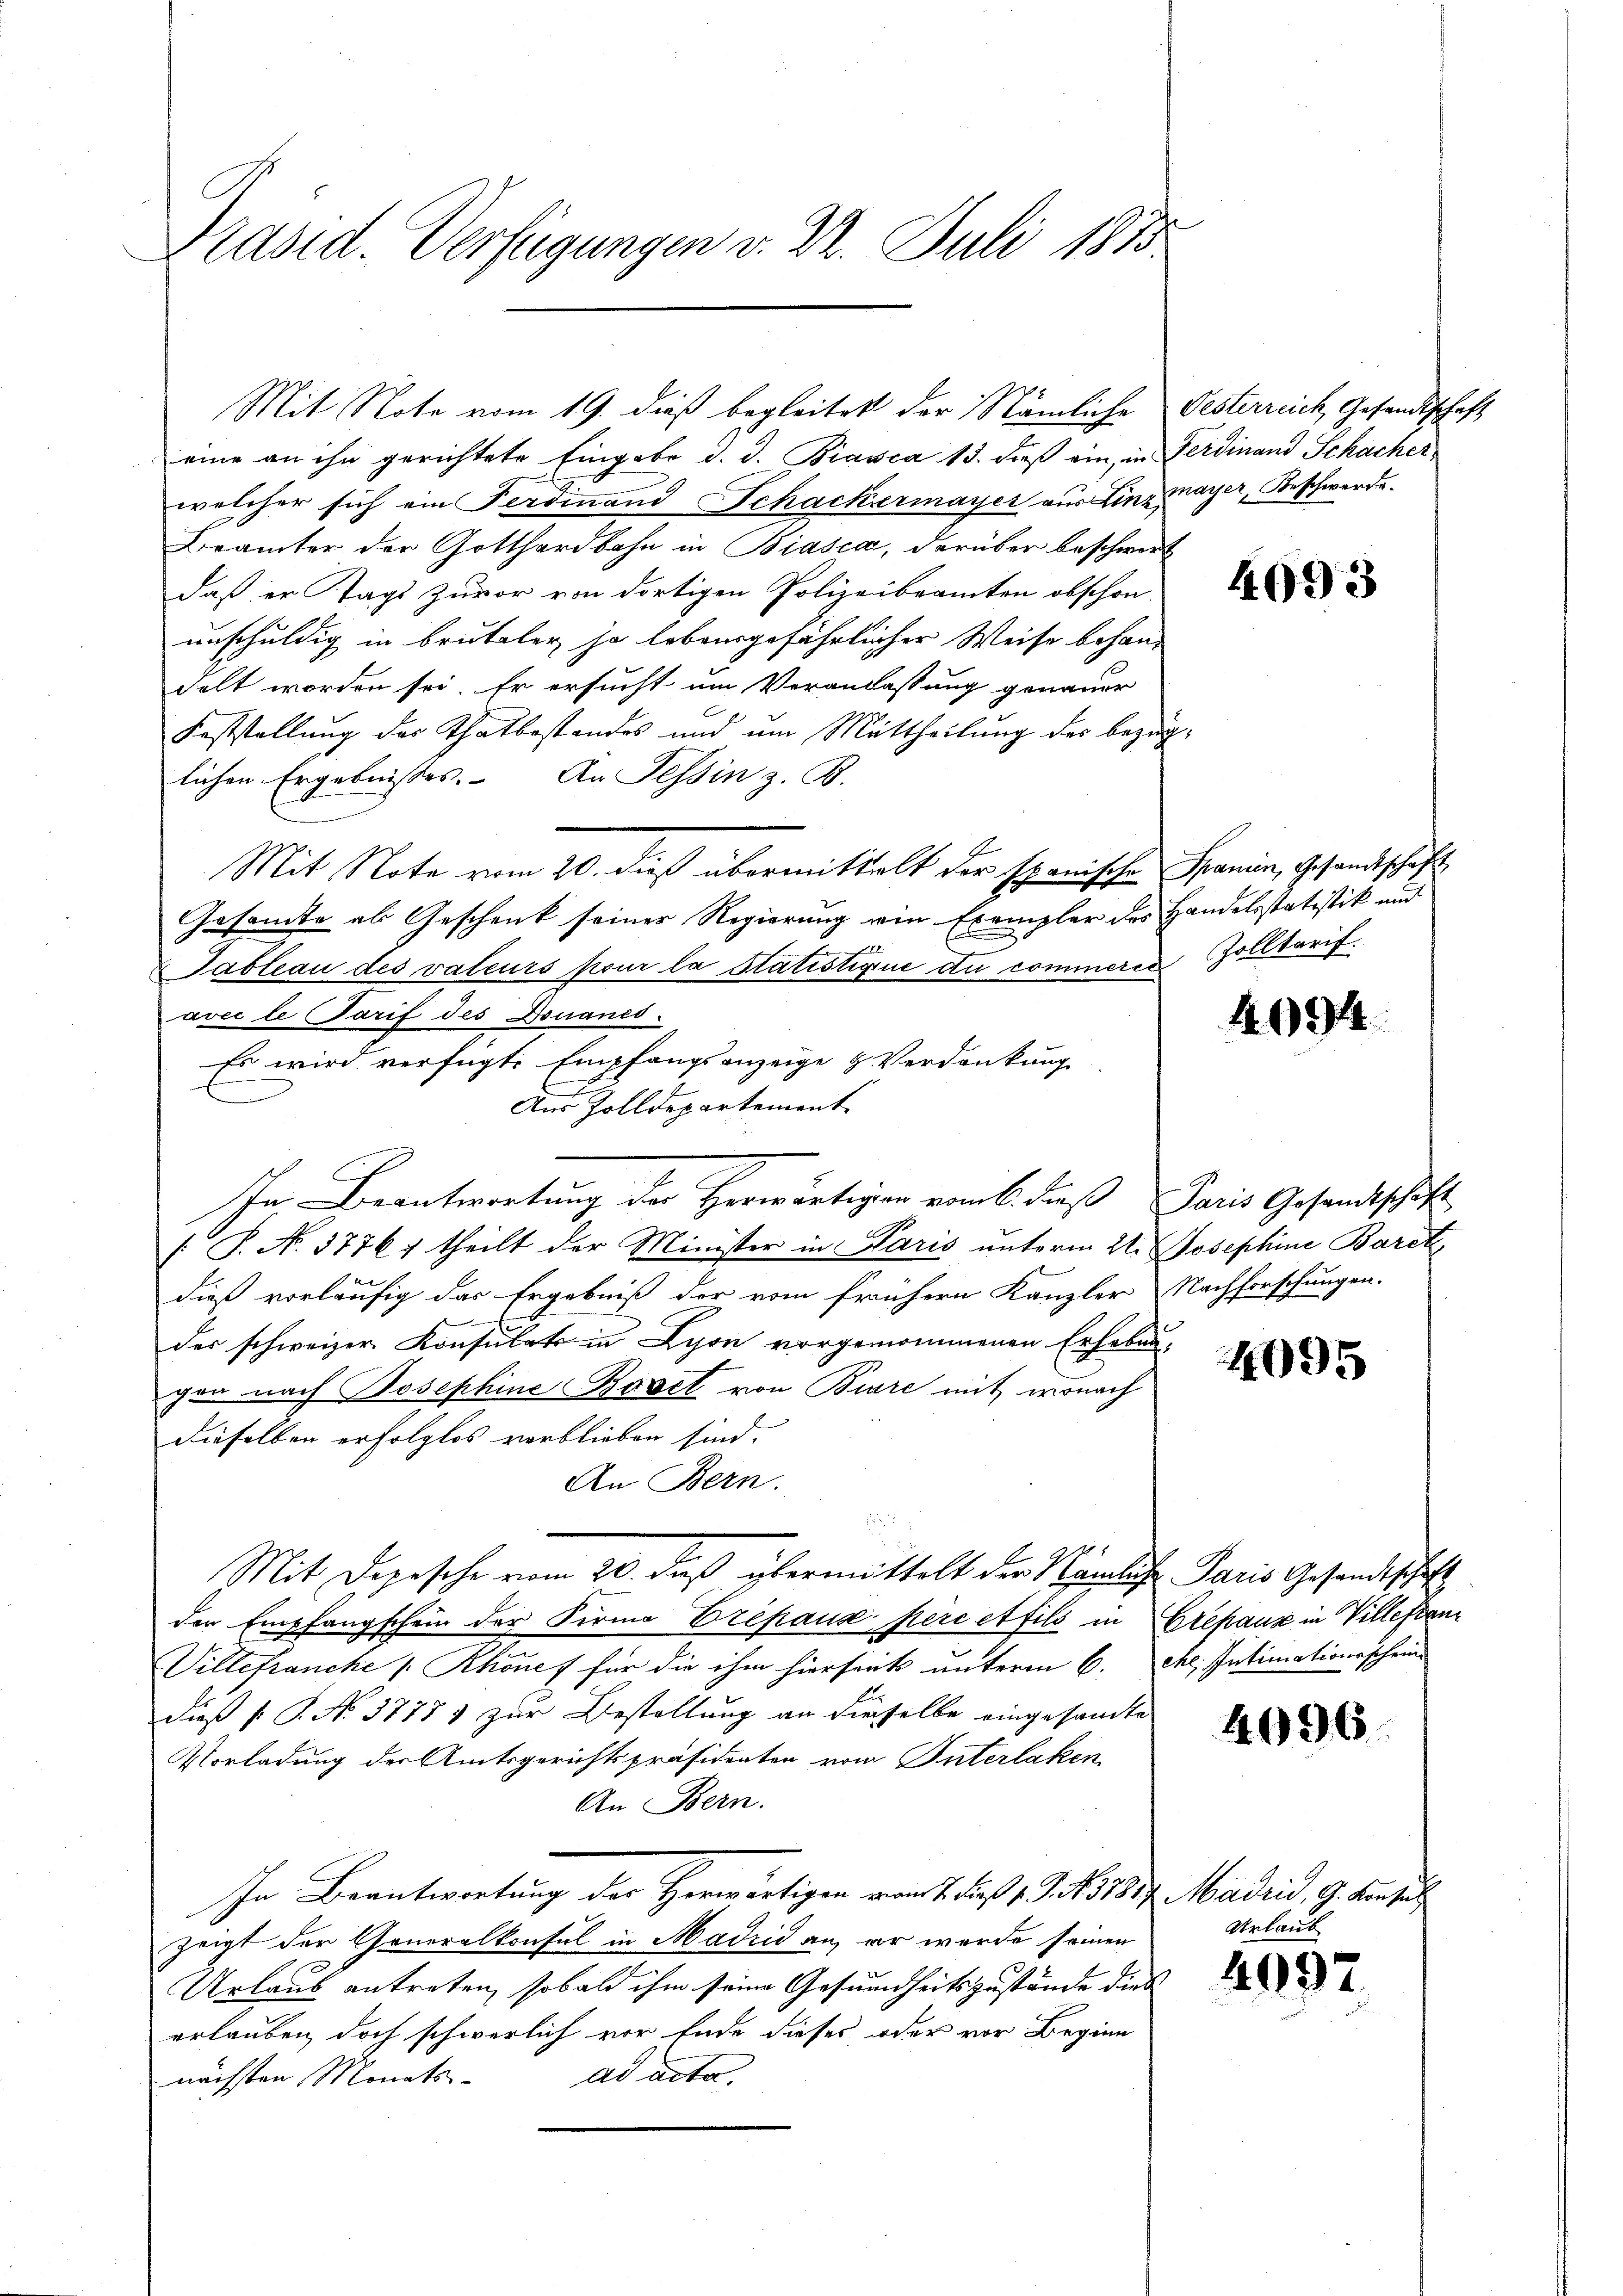
Präsid. Verfügungen v. 2. Juli 1813.

Mit Note vom 19. dieß begleitet der Nämliche Oesterreich Gesandtschaft
eine an ihn gerichtete Eingabe d. d. Biasca 13. dieß ein, in Ferdinand Schächer,
welcher sich ein Ferdinand Schackermayer aus Lingmayer, Beschwerde.
Brämter der Gotthardbahn in Biasca, darüber beschwert
daß er Tags zuvor von dortigen Polizeibeamten obschon.
unschuldig in brutaler ja lebensgefährlicher Weise behan-
selt worden sei. Er ersucht um Veranlassung genauer
Feststellung des Thatbestandes und um Mittheilung des bezüglichen Ergebnisses. An Tessin z. B.
Mit Note vom 20. dieß übermittelt der spanische Spanien, Gesandtschaft
Gesamte als Geschenk seiner Regierung ein Exemplar des Handelsstatistik und
Tableau des valeurs pour la Statistigene du commeren Zolltarif
avec le Tarif des Douanes.
Es wird verfügte Empfangsanzeige & Verdankung
Aus Zolldepartement
In Beantwortung der Herwärtigen vom 6. dieß Paris Gesandtschaft
[ P. N. 37767 theilt der Minister in Paris unterm 21. Josephine Barck
dieß vorläufig das Ergebniß der vom frühern Kanzler Nachforschungen.
der schweizer Konsulats in Lyon vorgenommenen Erhebun-
gen nach Josephine Bovet von Biare mit, wonach
dieselben erfolglos verblieben sind.
An Bern.
Mit Depesche vom 20. daß übermittelt der Nämliche Paris Gesandtschaft
der Empfangschein der Firma Erepanz pere et fils in repause in Villeftan¬
Villehrancke / Rhones für die ihm hierseits unterm 6. etc. Intimationsschein
dieß P. P. No. 37771 zur Bestellung an dieselbe eingesandte
Vorladung der Amtsgerichtspräsidenten vom Interlaken
An Bern.
In Beantwortung der Herwärtigen vom 7. die 19. No 1817. Madrid, 9. den zu
zeigt der Generalkonsul in Madrid an, er werde seinen
Urlaub antreten, sobald ihm seine Gesundheitszustände dies |
erlauben doch schwerlich vor Ende dieses oder vor Beginn
nächsten Monats ad acta,

4093

4094

4095

4996

Urlaub

4097